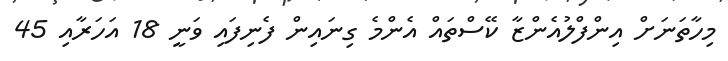
މިހާތަނަށް އިންފްލުއެންޒާ ކޭސްތައް އެންމެ ގިނައިން ފެނިފައި ވަނީ 18 އަހަރާއި 45